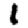
Digit: 1